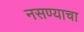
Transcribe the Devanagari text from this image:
नसण्याचा